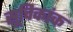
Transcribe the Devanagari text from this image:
सूचिकांक